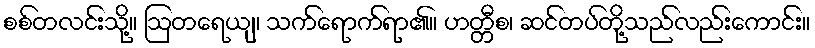
စစ်တလင်းသို့။ ဩတရေယျ၊ သက်ရောက်ရာ၏။ ဟတ္တီစ၊ ဆင်တပ်တို့သည်လည်းကောင်း။